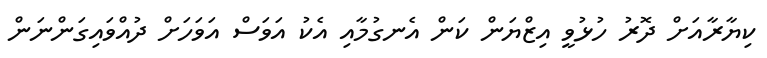
ކިޔާރާއަށް ދޮރު ހުޅުވީ އިޒްޔަން ކަން އެނގުމާއި އެކު އަވަސް އަވަހަށް ދުއްވައިގަންނަން